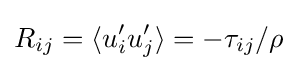
R_{ij}=\langle u_{i}^{\prime }u_{j}^{\prime }\rangle =-\tau _{ij}/\rho